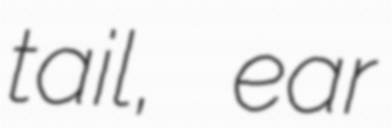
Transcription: tail, ear